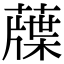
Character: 䕈